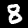
Digit: 8